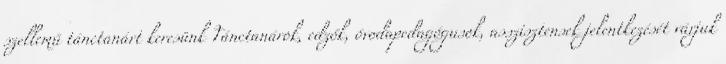
szellemű tánctanárt keresünk Tánctanárok, edzők, óvodapedagógusok, asszisztensek jelentkezését várjuk